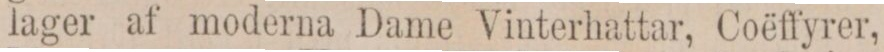
lager af moderna Dame Vinterhattar, Coëffyrer,